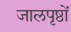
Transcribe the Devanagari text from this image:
जालपृष्ठों